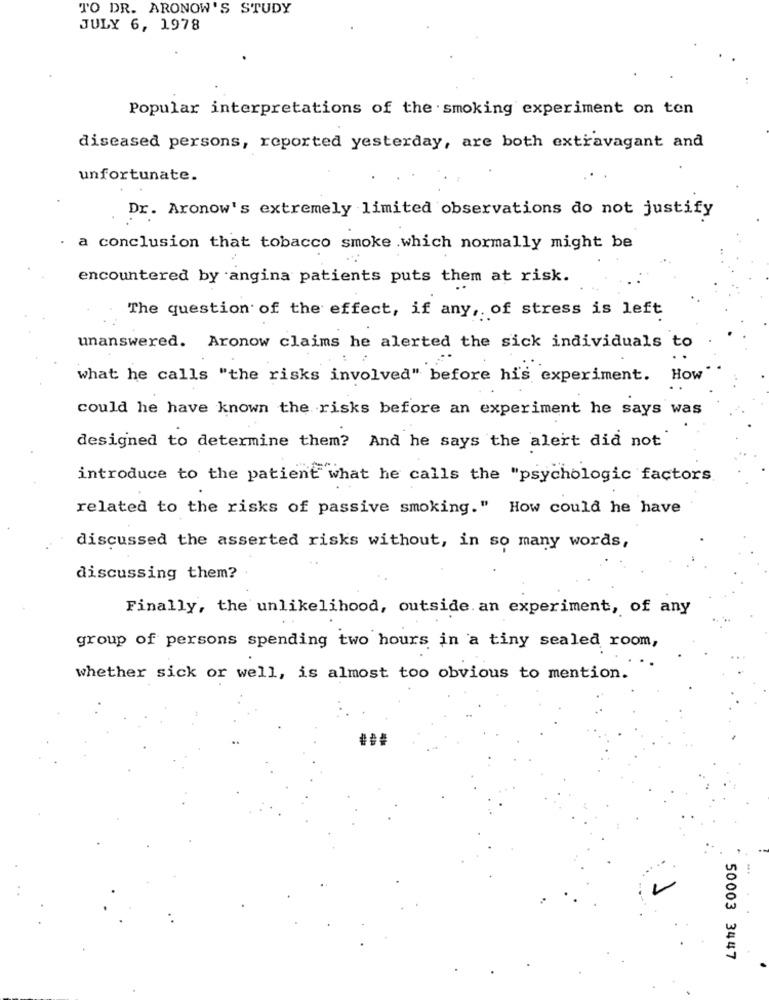
TO DR. ARONOW'S STUDY
JULY 6, 1978
Popular interpretations of the smoking experiment on ton
diseased persons, reported yesterday, are both extravagant and
unfortunate.
Dr. Aronow's extremely limited observations do not justify
a conclusion that tobacco smoke .which normally might be
encountered by angina patients puts them at risk.
The question of the effect, if any, of stress is left
unanswered. Aronow claims he alerted the sick individuals to
what he calls "the risks involved" before his experiment.
How
could he have known the risks before an experiment he says was
designed to determine them? And he says the alert did not
introduce to the patient what he calls the "psychologic factors
related to the risks of passive smoking." How could he have
discussed the asserted risks without, in so many words,
discussing them?
Finally, the unlikelihood, outside an experiment, of any
group of persons spending two hours in a tiny sealed room,
whether sick or well, is almost too obvious to mention.
50003 3447